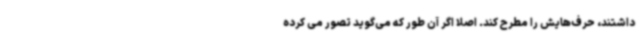
داشتند، حرف‌هایش را مطرح کند. اصلا اگر آن طور که می‌گوید تصور می کرده